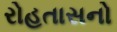
રોહતાસનો